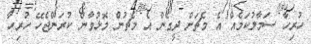
ހުރިހާ ސަމާލުކަމެއް އެ މެޗަށް ދީގެން އެ މެޗުން މޮޅުވާން ކުރަންޖެހޭ ހުރިހާ